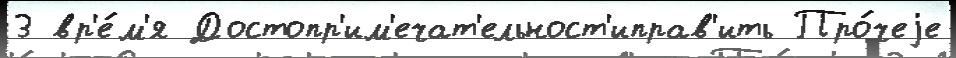
3 вр'е́м'я Достопр'им'ечат'ельност'иправ'ить Про́чеjе